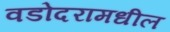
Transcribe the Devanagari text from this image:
वडोदरामधील